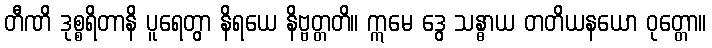
တီဏိ ဒုစ္စရိတာနိ ပူရေတွာ နိရယေ နိဗ္ဗတ္တတိ။ ဣမေ ဒွေ သန္ဓာယ တတိယနယော ဝုတ္တော။